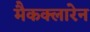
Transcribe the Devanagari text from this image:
मैकक्लारेन